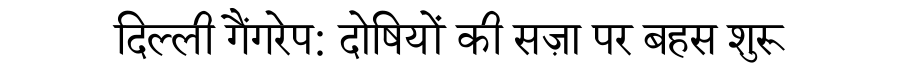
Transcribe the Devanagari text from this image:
दिल्ली गैंगरेप: दोषियों की सज़ा पर बहस शुरू